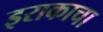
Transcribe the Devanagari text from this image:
इराकाचा